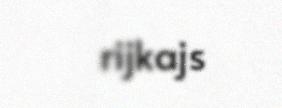
rijkajs